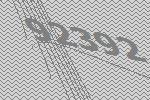
92392